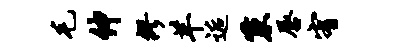
毛伸缪羊逅秉唇宥